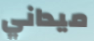
ميداني